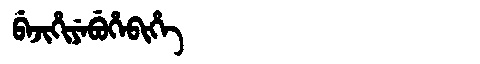
Manchu: ᠪᡝᠵᡳᡥᡳᠶᡝᠪᡠᡥᡝᠪᡳᡥᡝ
Romanization: BEJIHIYEBUHEBIHE